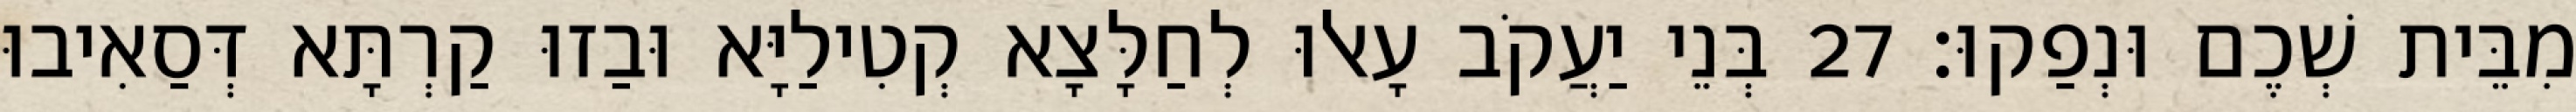
מִבֵּית שְׁכֶם וּנְפַקוּ׃ 27 בְּנֵי יַעֲקֹב עָאלוּ לְחַלָּצָא קְטִילַיָּא וּבַזוּ קַרְתָּא דְּסַאִיבוּ